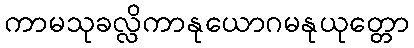
ကာမသုခလ္လိကာနုယောဂမနုယုတ္တော